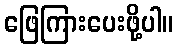
ဖြေကြားပေးဖို့ပါ။